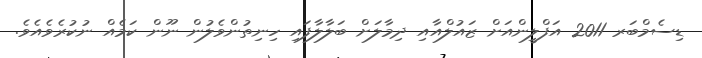
ޑިސެމްބަރ 2011 އަފްލީންއަށް ޒައުލްއާއި ދިމާލަށް ބަލާލާފައި ހިނިތުންވެލުން ނޫން ކަމެއް ނުކުރެވެއެވެ.